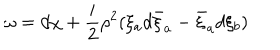
\omega = d \chi + \frac { i } { 2 } \rho ^ { 2 } ( \xi _ { a } d \bar { \xi } _ { a } - \bar { \xi } _ { a } d \xi _ { b } )